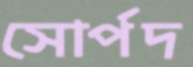
সোর্পদ